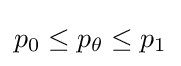
{\textstyle p_{0}\leq p_{\theta }\leq p_{1}}